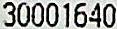
30001640